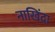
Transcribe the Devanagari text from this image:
नाखिंदा